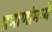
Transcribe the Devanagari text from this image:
प्रमाणांमध्ये